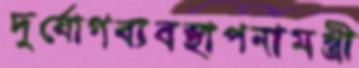
দুর্যোগব্যবস্থাপনামন্ত্রী